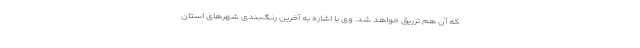
که آن هم تزریق خواهد شد. وی با اشاره به آخرین رنگ‌بندی شهرهای استان